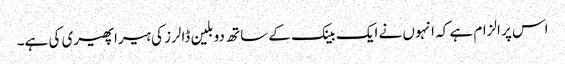
اس پر الزام ہے کہ انہوں نے ایک بینک کے ساتھ دو بلین ڈالرز کی ہیرا پھیری کی ہے۔